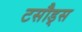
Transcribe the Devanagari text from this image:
टसौड्स